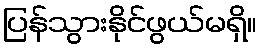
ပြန်သွားနိုင်ဖွယ်မရှိ။